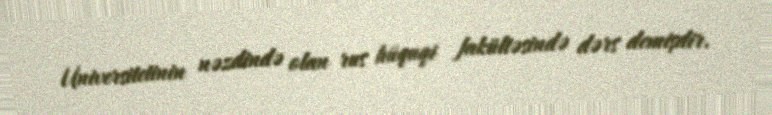
Universitetinin nəzdində olan rus hüquqi fakültəsində dərs demişdir.